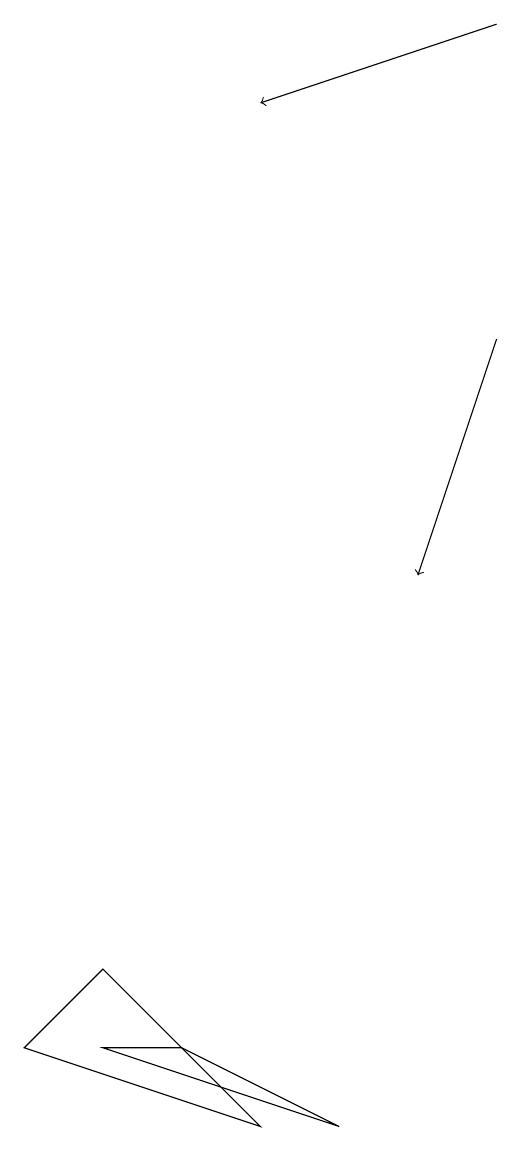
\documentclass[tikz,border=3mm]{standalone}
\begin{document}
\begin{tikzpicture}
\draw (4,4) -- (6,3) -- (3,4) -- cycle;
\draw[->] (8,13) -- (7,10);
\draw[->] (8,17) -- (5,16);
\draw (2,4) -- (5,3) -- (3,5) -- cycle;
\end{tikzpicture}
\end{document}